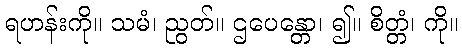
ရဟန်းကို။ သမံ၊ ညွတ်။ ဌပေန္တော၊ ၍။ စိတ္တံ၊ ကို။